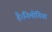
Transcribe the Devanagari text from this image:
है।निमोनिया